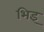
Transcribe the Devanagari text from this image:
भिइ